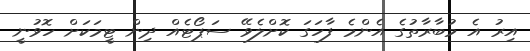
އިރު އެ މުބާރާތުގެ އެންމެ ފާހަގަ ކޮށްލެވޭ ސަޕޯޓެއް ދިން ޓީމަކަށް ހޮވުނީ